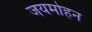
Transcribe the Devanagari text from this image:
जयमोहन